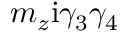
m _ { z } \mathrm { i } \gamma _ { 3 } \gamma _ { 4 }